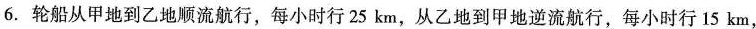
6. 轮船从甲地到乙地顺流航行，每小时行 25 km，从乙地到甲地逆流航行，每小时行 15 km，